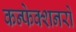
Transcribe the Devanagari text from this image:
कन्फेक्शनरों